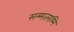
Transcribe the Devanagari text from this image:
सम्मतरश्मि